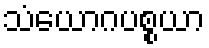
သံယောဂပစ္စယာ